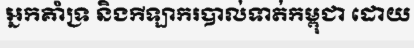
អ្នកគាំទ្រ និងកីឡាករបាល់ទាត់កម្ពុជា ដោយ